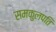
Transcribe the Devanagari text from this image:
समकुलपति